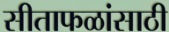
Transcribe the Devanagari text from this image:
सीताफळांसाठी